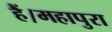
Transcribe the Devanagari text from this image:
हैं।महापुरा